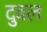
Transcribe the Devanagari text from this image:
दुवल